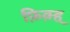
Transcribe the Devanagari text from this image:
फ़िक़्ह्